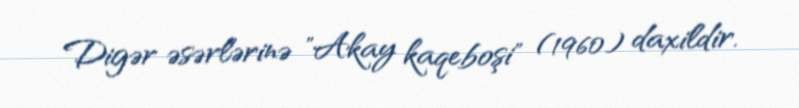
Digər əsərlərinə "Akay kaqeboşi" (1960) daxildir.